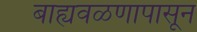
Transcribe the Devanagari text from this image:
बाह्यवळणापासून